Report on vaccination in Madras 1877-1894 - 1877-1894
Year: 1877
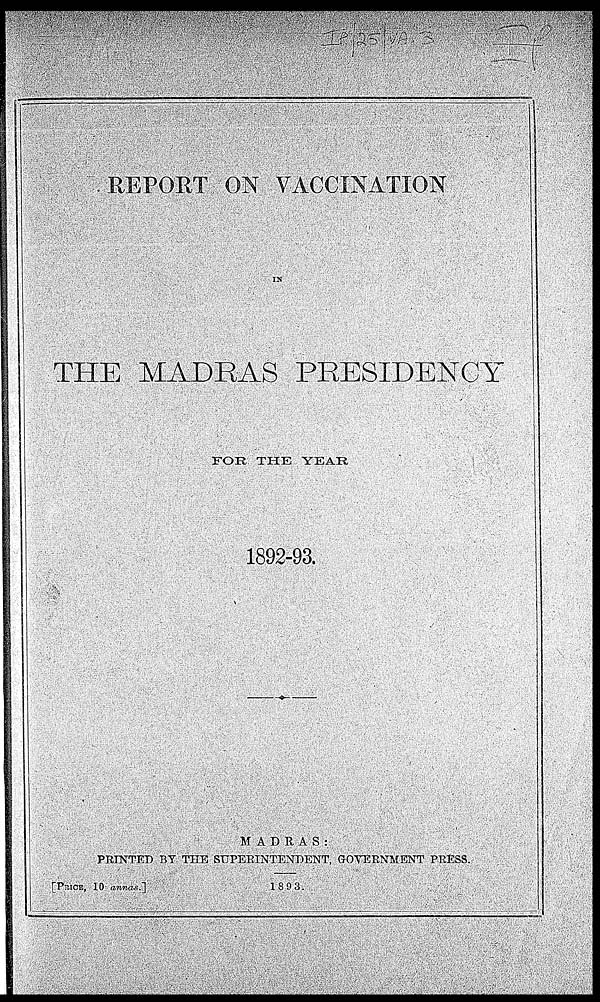
REPORT ON VACCINATION
IN
THE MADRAS PRESIDENCY
FOR THE YEAR
1892-93.
MADRAS:
PRINTED BY THE SUPERINTENDENT, GOVERNMENT PRESS.
[PRICE, 10 annas.]
1893.